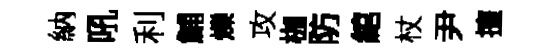
納吼利鯆爍攻枷防綰杖尹擅